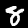
Label: 8